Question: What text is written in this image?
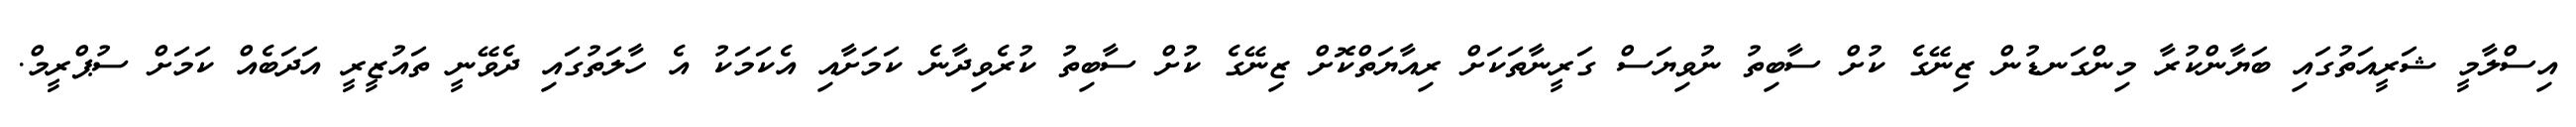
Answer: އިސްލާމީ ޝަރީއަތުގައި ބަޔާންކުރާ މިންގަނޑުން ޒިނޭގެ ކުށް ސާބިތު ނުވިޔަސް ގަރީނާތަކަށް ރިއާޔަތްކޮށް ޒިނޭގެ ކުށް ސާބިތު ކުރެވިދާނެ ކަމަށާއި އެކަމަކު އެ ހާލަތުގައި ދެވޭނީ ތައުޒީރީ އަދަބެއް ކަމަށް ސުޕްރީމް.